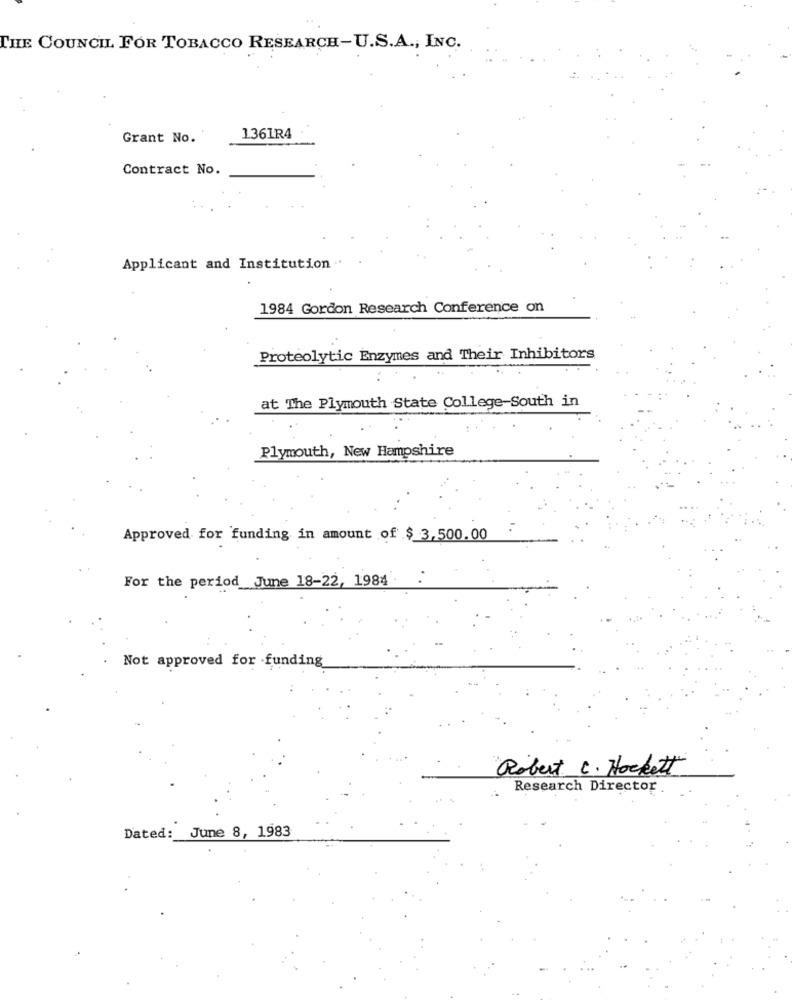
THE COUNCIL FOR TOBACCO RESEARCH-U.S.A ., INC.
Grant No.
1361R4
Contract No.
Applicant and Institution ..
1984 Gordon Research Conference on
Proteolytic Enzymes and Their Inhibitors
at The Plymouth State College-South in
Plymouth, New Hampshire
Approved for funding in amount of $ 3,500.00
For the period June 18-22, 1984 .
Not approved for funding
Robert C. Hockett
Research Director .
Dated: June 8, 1983